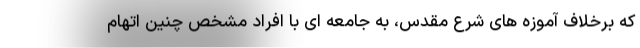
که برخلاف آموزه های شرع مقدس، به جامعه ای با افراد مشخص چنین اتهام